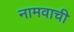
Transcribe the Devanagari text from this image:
नामवाची